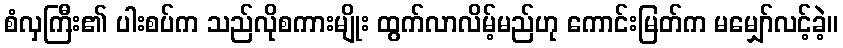
စံလှကြီး၏ ပါးစပ်က သည်လိုစကားမျိုး ထွက်လာလိမ့်မည်ဟု ကောင်းမြတ်က မမျှော်လင့်ခဲ့။